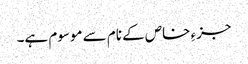
جزءِ خاص کے نام سے موسوم ہے۔